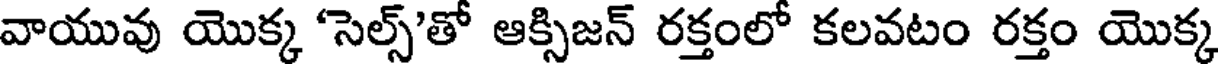
వాయువు యొక్క 'సెల్స్'తో ఆక్సిజన్ రక్తంలో కలవటం రక్తం యొక్క